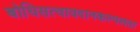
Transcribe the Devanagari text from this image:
बोधिसत्वावदानकल्पलता